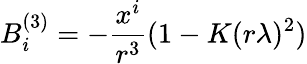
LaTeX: B_{i}^{(3)}=-{\frac{x^{i}}{r^{3}}}(1-K(r\lambda)^{2})